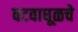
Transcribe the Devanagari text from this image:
वटवाघूळचे